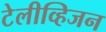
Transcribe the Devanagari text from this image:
टेलीव्हिजन